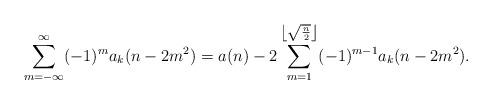
LaTeX: \begin{align*} \sum_{m=-\infty}^\infty (-1)^m a_k(n-2m^2) = a(n) - 2\sum_{m= 1}^{\left\lfloor \sqrt{\frac{n}{2}}\right\rfloor} (-1)^{m-1} a_k(n-2m^2).\end{align*}